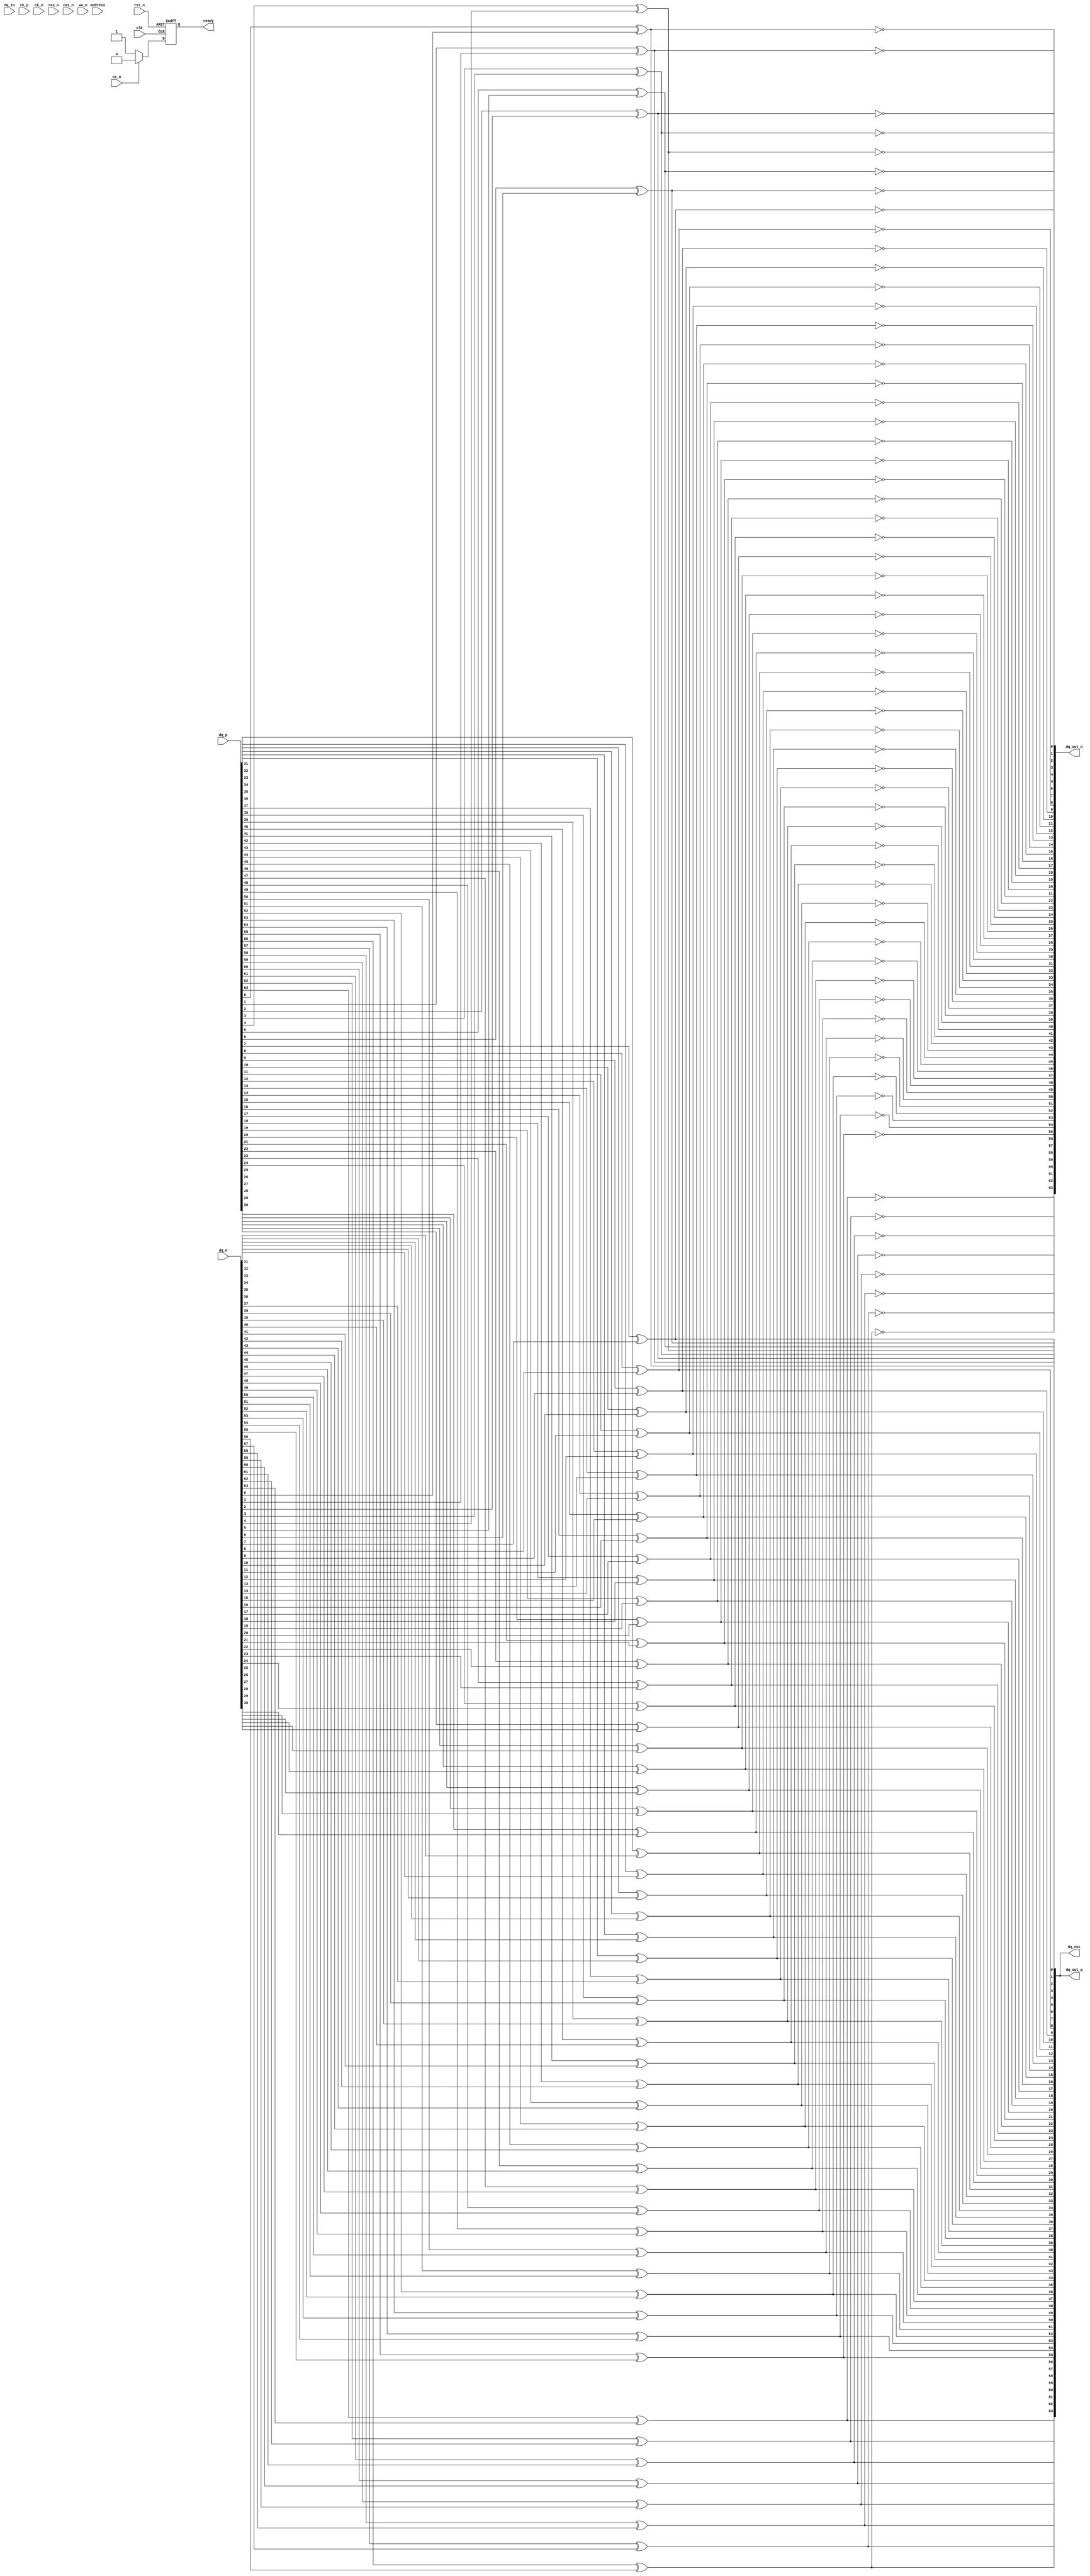
module gddr6x_io_block #(
    parameter DATA_WIDTH = 64 // Supported data widths: 32, 64, or 128 bits
)(
    // Clock and Reset
    input wire clk,                 // System Clock
    input wire rst_n,               // Active Low Reset

    // Data Interface (Differential Pairs)
    input wire [DATA_WIDTH-1:0] dq_in,   // Data Input
    input wire [DATA_WIDTH-1:0] dq_p,     // Differential Data Pair Positive
    input wire [DATA_WIDTH-1:0] dq_n,     // Differential Data Pair Negative

    // Clock Interface (Differential Pairs)
    input wire ck_p,                // Clock Positive
    input wire ck_n,                // Clock Negative
    
    // Command Interface
    input wire cs_n,                // Chip Select (active low)
    input wire ras_n,               // Row Address Strobe (active low)
    input wire cas_n,               // Column Address Strobe (active low)
    input wire we_n,                // Write Enable (active low)

    // Address Signals
    input wire [27:0] address,      // Address Lines for Memory Selection

    // Output Data Interface
    output wire [DATA_WIDTH-1:0] dq_out, // Output Data
    output wire [DATA_WIDTH-1:0] dq_out_p, // Differential Output Pair Positive
    output wire [DATA_WIDTH-1:0] dq_out_n, // Differential Output Pair Negative

    // Status Indicators
    output reg ready                 // Ready signal for operation
);

// Internal signals
wire [DATA_WIDTH-1:0] data_out;
wire clk_out;

// Transmitter Logic
generate
    genvar i;
    for (i = 0; i < DATA_WIDTH; i = i + 1) begin : tx
        // Simple differential signaling for data output
        assign dq_out_p[i] = dq_out[i]; // Placeholder for actual transmission logic
        assign dq_out_n[i] = ~dq_out[i]; // Inversion for differential signaling
    end
endgenerate

// Receiver Logic
generate
    genvar j;
    for (j = 0; j < DATA_WIDTH; j = j + 1) begin : rx
        // Simple receiver logic to process incoming differential data
        // Placeholder for actual reception logic
        assign data_out[j] = dq_p[j] ^ dq_n[j]; // Example of data reception
    end
endgenerate

// Clock Management Logic (Placeholder)
assign clk_out = ck_p ^ ck_n; // Simplified clock signal from differential pair

// Control Logic
always @(posedge clk or negedge rst_n) begin
    if (!rst_n) begin
        ready <= 0;
    end else begin
        // Simulated control logic to set ready signal
        if (cs_n == 0) begin
            ready <= 1; // Indicate ready when chip select is active
        end else begin
            ready <= 0;
        end
    end
end

// Output Data Logic
assign dq_out = data_out; // Output the processed data

endmodule